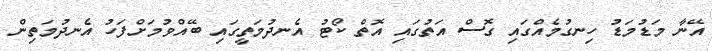
އޭނާ މަޑުމަޑު ހިނގުމެއްގައި ގޮސް އަތުގައި އޮތް ކޯޓު އެނދުމަތީގައި ބޭއްވުމަށްފަހު އެނދުމަތިން